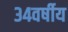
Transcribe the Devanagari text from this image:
३४वर्षीय